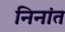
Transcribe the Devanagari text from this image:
निनांत